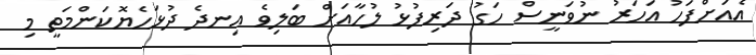
އެއަށްފަހު އަހަރު ނުވަނީސް ހަގު ދަރިފުޅު ލުހާއަށް ބަލިވެ އިނދެ ދުޅަހެޔޮކަންމަތީ މި